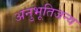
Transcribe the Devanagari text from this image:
अनुभूतिजन्य